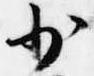
少